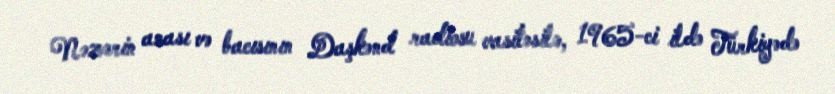
Nəzərin anası və bacısının Daşkənd radiosu vasitəsilə, 1965-ci ildə Türkiyədə